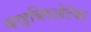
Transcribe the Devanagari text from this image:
बाइब्लिओटेका